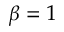
\beta = 1